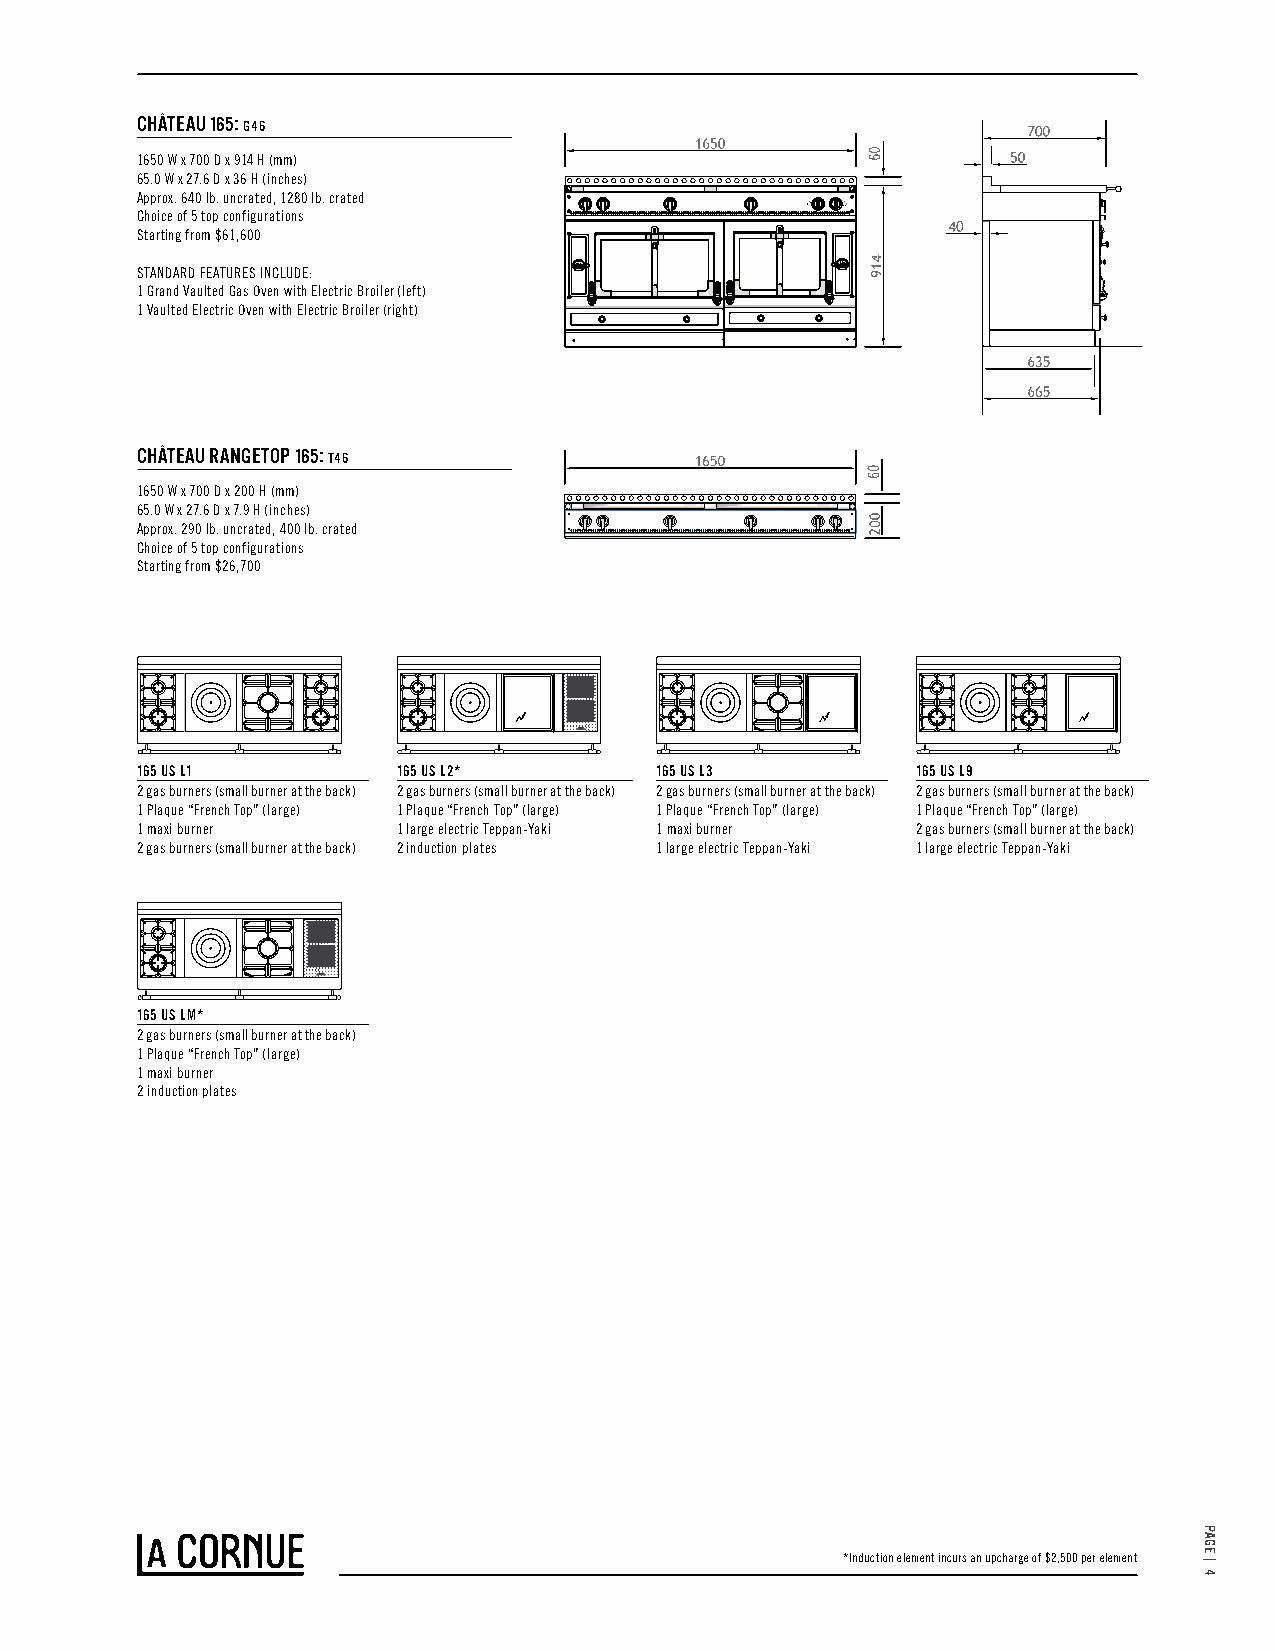
CHÂTEAU 165: G46
 1650 W x 700 D x 914 H (mm)
 65.0 W x 27.6 D x 36 H (inches)
 Approx. 640 lb. uncrated, 1280 lb. crated
 Choice of 5 top configurations
 Starting from $61,600
 STANDARD FEATURES INCLUDE:
 1 Grand Vaulted Gas Oven with Electric Broiler (left)
 1 Vaulted Electric Oven with Electric Broiler (right)
 CHÂTEAU RANGETOP 165: T46
 1650 W x 700 D x 200 H (mm)
 65.0 W x 27.6 D x 7.9 H (inches)
 Approx. 290 lb. uncrated, 400 lb. crated
 Choice of 5 top configurations
 Starting from $26,700
 165 US L1        165 US L2*       165 US L3         165 US L9
 2 gas burners (small burner at the back) 2 gas burners (small burner at the back) 2 gas burners (small burner at the back) 2 gas burners (small burner at the back)
 1 Plaque “French Top” (large) 1 Plaque “French Top” (large) 1 Plaque “French Top” (large) 1 Plaque “French Top” (large)
 1 maxi burner    1 large electric Teppan-Yaki 1 maxi burner 2 gas burners (small burner at the back)
 2 gas burners (small burner at the back) 2 induction plates 1 large electric Teppan-Yaki 1 large electric Teppan-Yaki
 165 US LM*
 2 gas burners (small burner at the back)
 1 Plaque “French Top” (large)
 1 maxi burner
 2 induction plates
 *Induction element incurs an upcharge of $2,500 per element
 PAGE
 |
 4